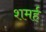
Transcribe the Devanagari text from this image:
शमर्ह